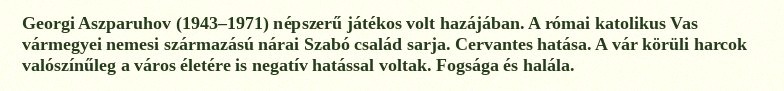
Georgi Aszparuhov (1943–1971) népszerű játékos volt hazájában. A római katolikus Vas vármegyei nemesi származású nárai Szabó család sarja. Cervantes hatása. A vár körüli harcok valószínűleg a város életére is negatív hatással voltak. Fogsága és halála.